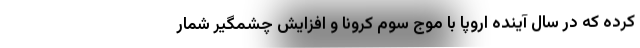
کرده که در سال آینده اروپا با موج سوم کرونا و افزایش چشمگیر شمار